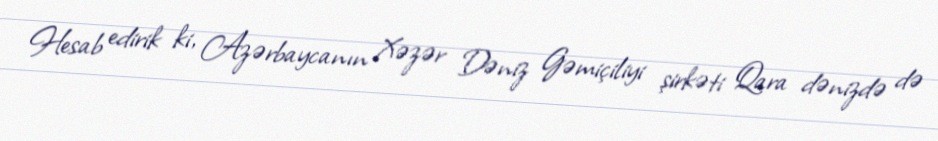
Hesab edirik ki, Azərbaycanın Xəzər Dəniz Gəmiçiliyi şirkəti Qara dənizdə də